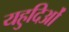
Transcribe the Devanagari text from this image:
यहुदिओं